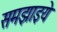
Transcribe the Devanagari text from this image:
समझाइये